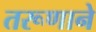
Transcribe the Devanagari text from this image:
तरूणाने